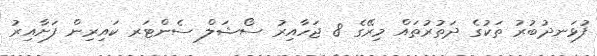
ފުޅަނދުބުރު ތަކުގެ ދަތުރުތައް މިރޭގެ 8 ޖަހާއިރު ސޯޝަލް ސެންޓަރ ކައިރިން ފަށާއިރު